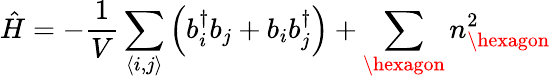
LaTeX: \hat{H}=-\frac{1}{V}\sum_{\langle i,j\rangle}\left(b_{i}^{\dagger}b_{j}+b_{i}b_{j}^{\dagger}\right)+\sum_{\hexagon}n_{\hexagon}^{2}